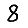
Digit: 8